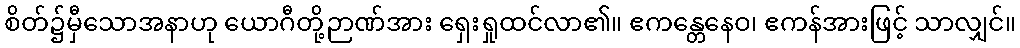
စိတ်၌မှီသောအနာဟု ယောဂီတို့ဉာဏ်အား ရှေးရှုထင်လာ၏။ ဧကန္တေနေဝ၊ ဧကန်အားဖြင့် သာလျှင်။